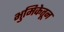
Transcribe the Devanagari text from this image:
भुमिकेतून